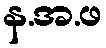
န.အ.ဖ